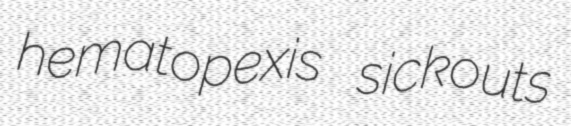
hematopexis sickouts